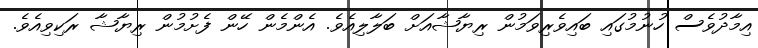
އިމާދުވެސް ހުނުމުގައި ބައިވެރިވަމުން ރިޔާޝާއަށް ބަލާލިއެވެ. އެންމެން ހޭން ފެށުމުން ރިޔާޝާ ރަކިވިއެވެ.